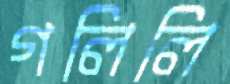
গলিলি